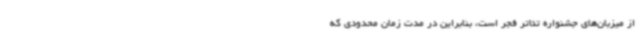
از میزبان‌های جشنواره تئاتر فجر است، بنابراین در مدت زمان محدودی که